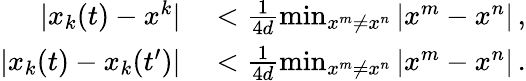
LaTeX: \begin{array}{rl}{|x_{k}(t)-x^{k}|}&{{}<\frac{1}{4d}\operatorname*{min}_{x^{m}\neq x^{n}}|x^{m}-x^{n}|\, ,}\\ {|x_{k}(t)-x_{k}(t^{\prime})|}&{{}<\frac{1}{4d}\operatorname*{min}_{x^{m}\neq x^{n}}|x^{m}-x^{n}|\, .}\end{array}